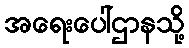
အရေးပေါ်ဌာနသို့